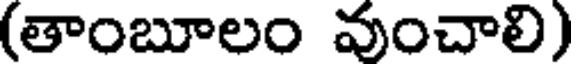
(తాంబూలం వుంచాలి)